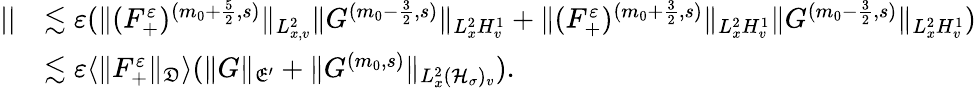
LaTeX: \begin{array}{rl}{||}&{\lesssim\varepsilon(\| (F_{+}^{\varepsilon})^{(m_{0}+\frac{5}{2},s)}\| _{L_{x,v}^{2}}\| G^{(m_{0}-\frac{3}{2},s)}\| _{L_{x}^{2}H_{v}^{1}}+\| (F_{+}^{\varepsilon})^{(m_{0}+\frac{3}{2},s)}\| _{L_{x}^{2}H_{v}^{1}}\| G^{(m_{0}-\frac{3}{2},s)}\| _{L_{x}^{2}H_{v}^{1}})}\\ &{\lesssim\varepsilon\langle\| F_{+}^{\varepsilon}\| _{\mathfrak D}\rangle(\| G\| _{\mathfrak E^{\prime}}+\| G^{(m_{0},s)}\| _{L_{x}^{2}(\mathcal H_{\sigma})_{v}}).}\end{array}